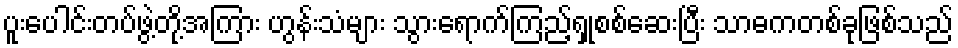
ပူးပေါင်းတပ်ဖွဲ့တို့အကြား ဟွန်းသံများ သွားရောက်ကြည့်ရှုစစ်ဆေးပြီး သာဓကတစ်ခုဖြစ်သည်